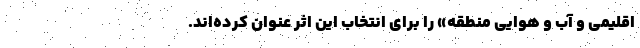
اقلیمی و آب و هوایی منطقه» را برای انتخاب این اثر عنوان کرده‌اند.